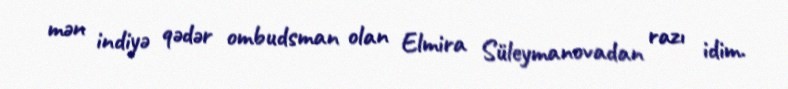
mən indiyə qədər ombudsman olan Elmira Süleymanovadan razı idim.